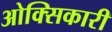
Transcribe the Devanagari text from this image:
ओक्सिकारी